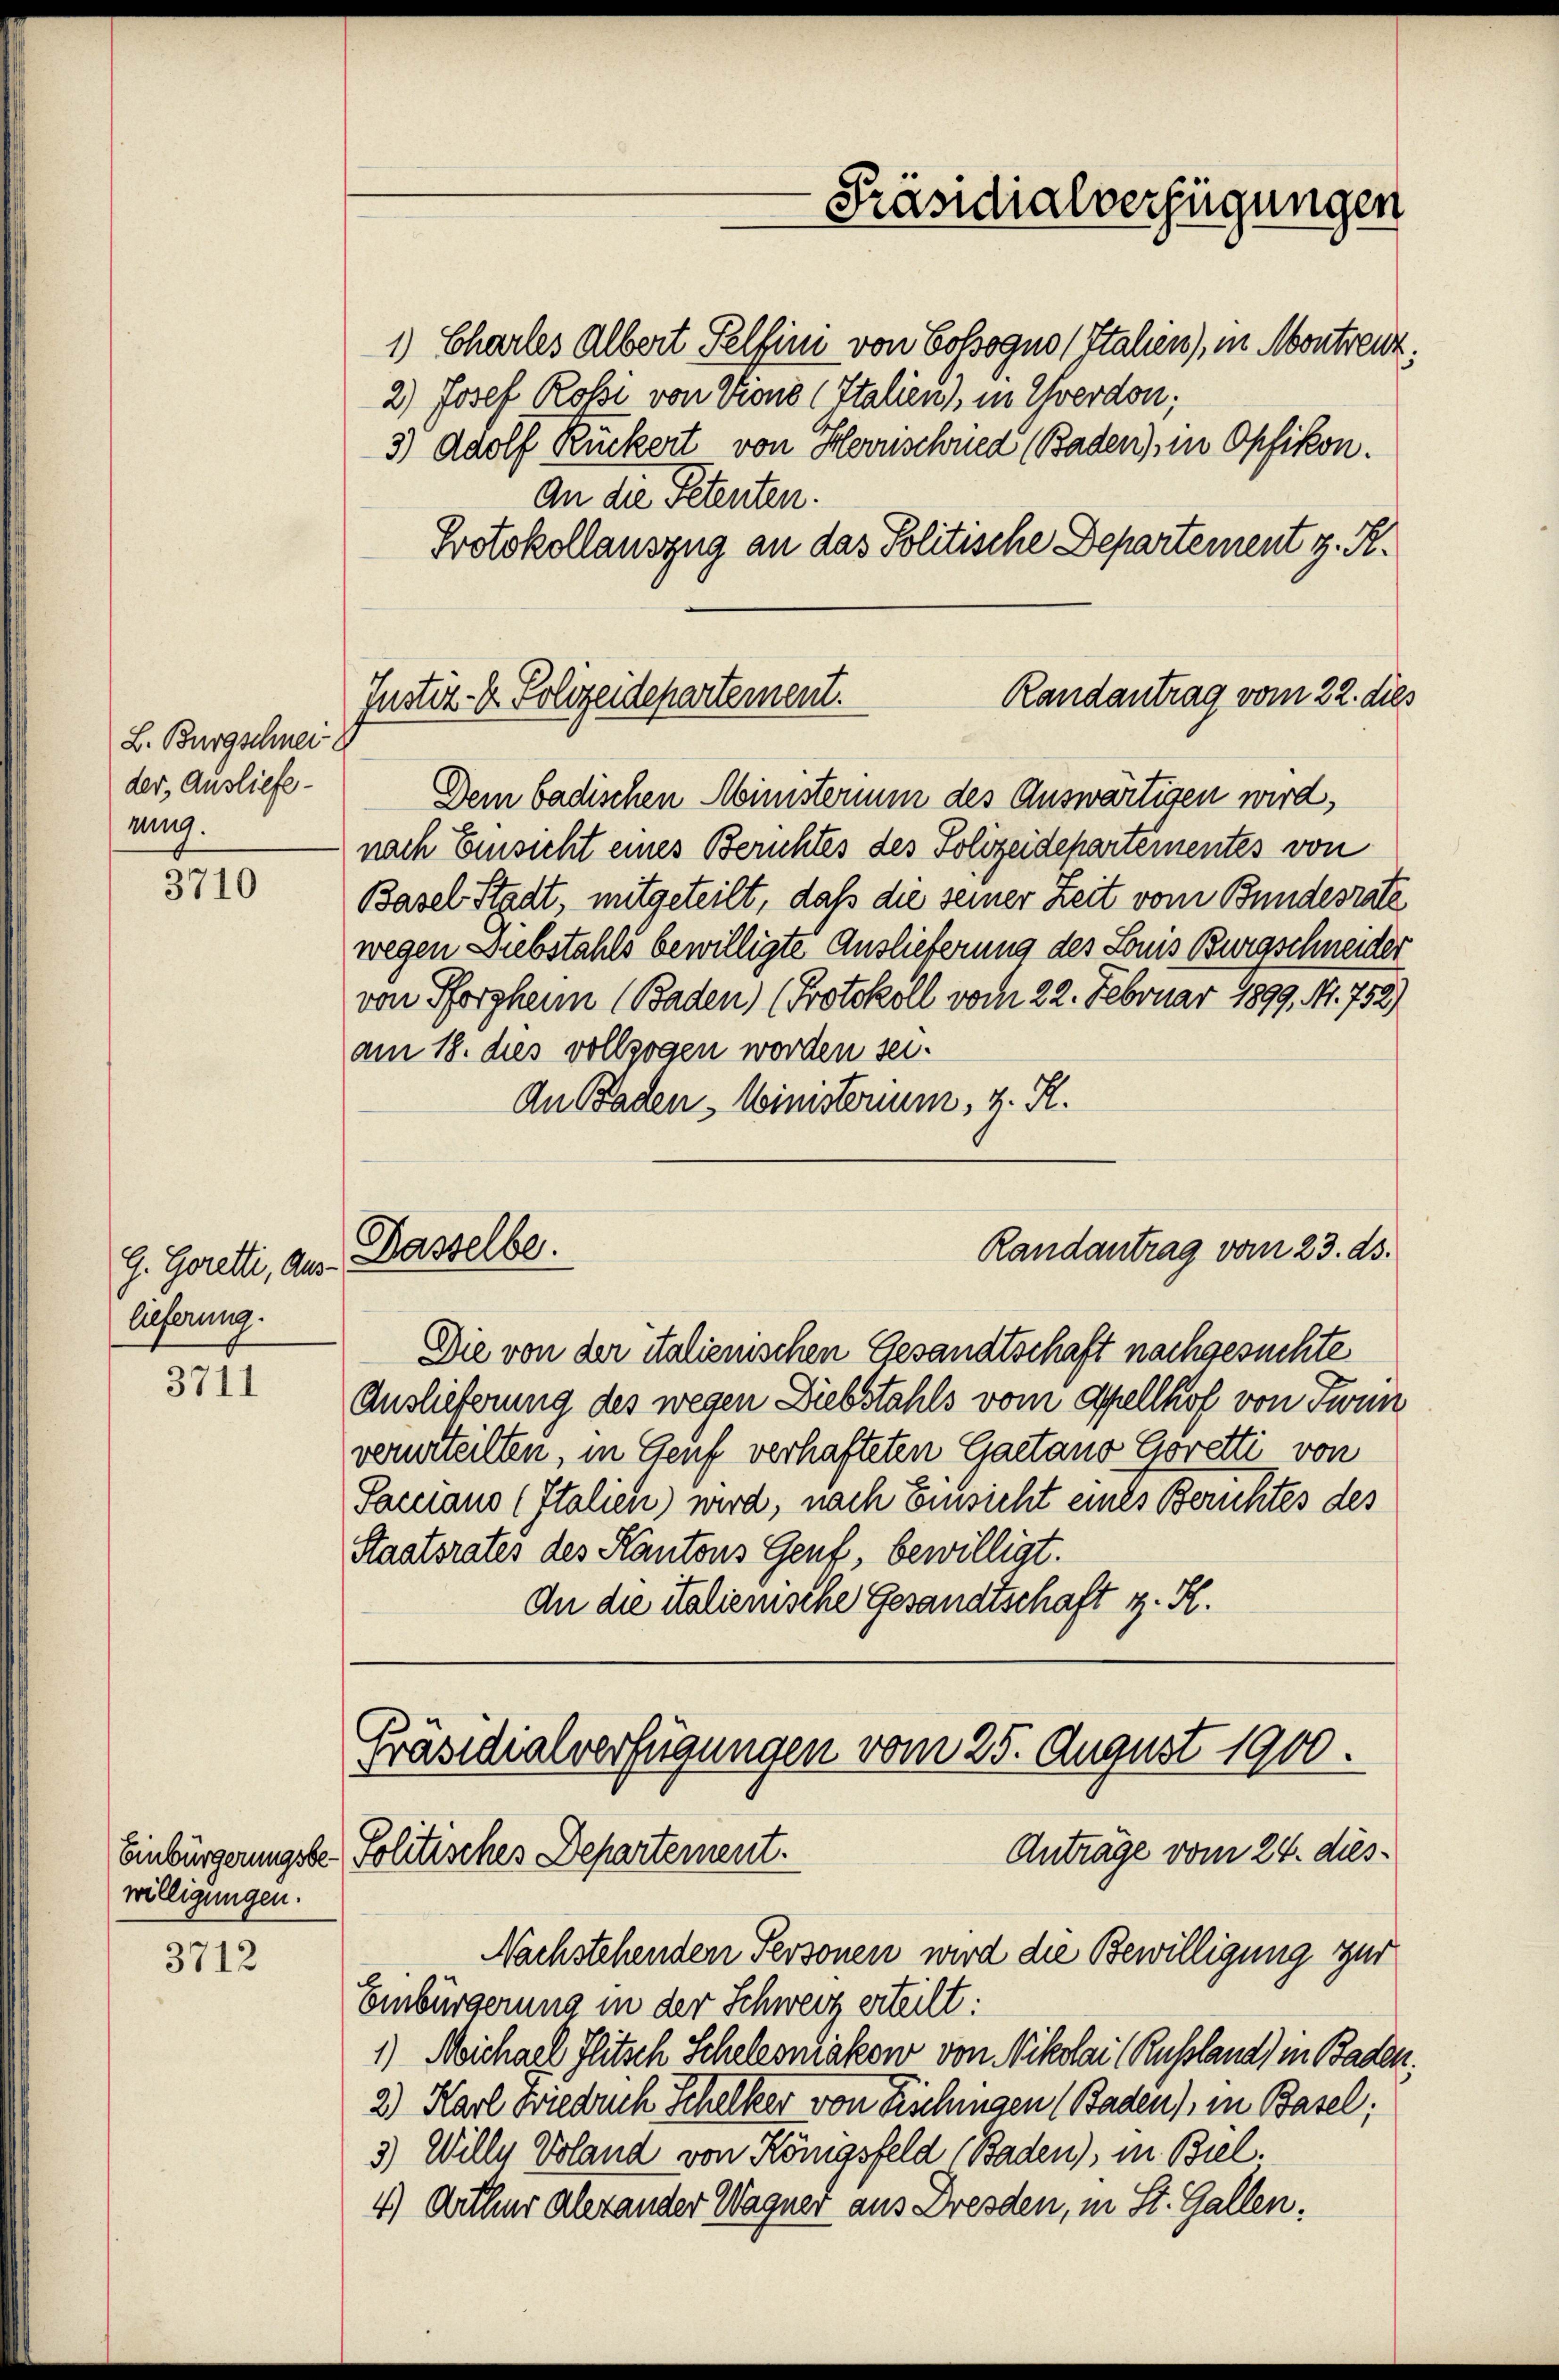
L. Bürgschnei
der, Ausliefeun.

3710

G. Goretti, Aus-
lieferung.

3711

willigungen.

3712

2.) Josef Rossi von Trions (Italien, in Yverdon;
3) Adolf Rückert von Hornschred (Baden), in Opfikon.
An die Petenten.
Protokollauszug an das Politische Departement z. R.
Dem badischen Ministerium des Auswärtigen wird,
nach Einsicht eines Berichtes des Polizeidepartementes von
Basel Stadt, mitgeteilt, daß die seiner Zeit vom Bundesrate
wegen Diebstahls bewilligte Auslieferung des Louis Burgschneider
von Pforzheim (Baden) (Protokoll vom 22. Februar 1899, Nr. 752)
am 18. dies vollzogen worden sei.
An Baden - Ministerium, z. R.

Randantrag vom 22. dies
Justiz- & Polizeidepartement.

Dasselbe.

Präsidialverfügungen
1) Charles Albert Felfin von Golsogno (Stahen), in Montreuz.

Die von der italienischen Gesandtschaft nachgesuchte
Auslieferung des wegen Diebstahls vom Apellhof von Twan
verurteilten, in Genf verhafteten Gaetano Goretti von
Paceans (Italien) wird, nach Einsicht eines Berichtes des
Staatsrates des Kantons Genf, bewilligt.
An die italienische Gesandtschaft z. R.

Randantrag vom 23. ds.

Präsidialverfügungen vom 25. August 1900.
Anträge vom 24. dies¬
Einbürgerungsbe- Politisches Departement.

Nachstehenden Personen wird die Bewilligung zur

Einbürgerung in der Schweiz erteilt:
1) Michael Jlitsch Scheleoniakon von Nikolai Russland) in Baden.
2) Karl Friedrich Schelker von Richingen (Baden), in Basel;
5.) Wille Voland von Königsfeld Baden), in Biel.
4) Arthur Alexander Wagner aus Dresden, in St. Gallen.